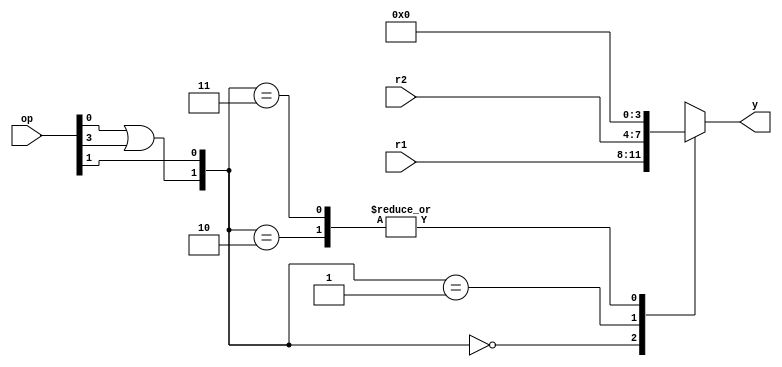
module data_selector(op, r1, r2, y);
    input wire[3:0] op, r1, r2;
    output reg[3:0] y;
    wire a, b;
    assign a = op[0] | op[3];
    assign b = op[1];

    always @* begin
        case({a, b})
            2'b00: y <= r1;
            2'b01: y <= r2;
            2'b10: y <= 4'b0;
            2'b11: y <= 4'b0;
        endcase
        $write("[%t] data selector(op: %b, a: %b, b: %b): %b):\n", $time, op, a, b, y);
    end
endmodule

/*
module ds_sim();
  reg[3:0] op, r1, r2;
  wire[3:0] y;
  data_selector ds_instance(op, r1, r2, y);

  initial begin
    op = 4'b0000;
    #10 op = 4'b0001;
    #10 op = 4'b0010;
    #10 op = 4'b0011;
    #10 op = 4'b0100;
    #10 op = 4'b0101;
    #10 op = 4'b0110;
    #10 op = 4'b0111;
    #10 op = 4'b1000;
    #10 op = 4'b1001;
    #10 op = 4'b1010;
    #10 op = 4'b1011;
    #10 op = 4'b1100;
    #10 op = 4'b1101;
    #10 op = 4'b1110;
    #10 op = 4'b1111;
  end

  initial begin
    r1 = 4'b0001;
    r2 = 4'b1111;
    #200 $finish();
  end

  initial begin
      $dumpfile("ds_sim.vcd");
      $dumpvars(0, ds_instance);
  end

endmodule
*/